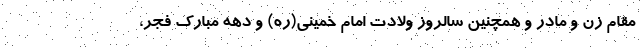
مقام زن و مادر و همچنین سالروز ولادت امام خمینی(ره) و دهه مبارک فجر،